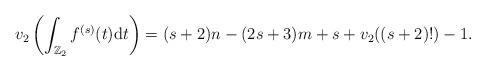
LaTeX: \begin{align*}v_2\left( \int_{\mathbb{Z}_2} f^{(s)}(t)\mathrm{d}t \right) = (s+2)n -(2s+3)m + s +v_2((s+2)!) -1.\end{align*}